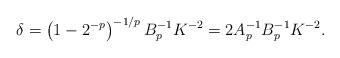
LaTeX: \begin{align*}\delta= \left(1-2^{-p} \right)^{-1/p} B_p^{-1} K^{-2}=2A_p^{-1} B_p^{-1} K^{-2}.\end{align*}